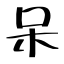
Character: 呆